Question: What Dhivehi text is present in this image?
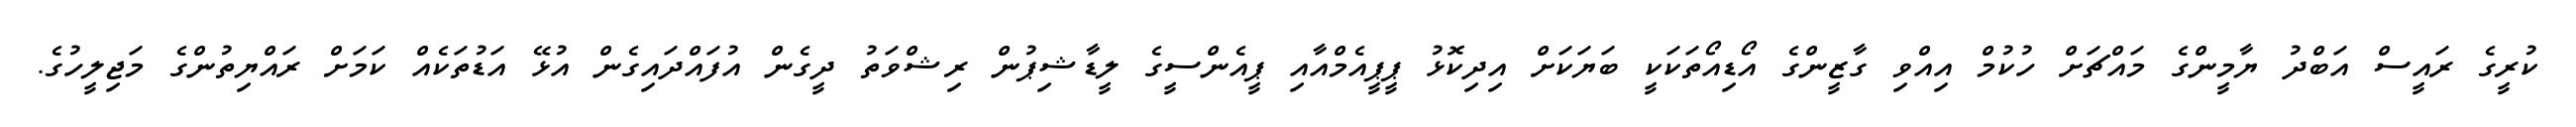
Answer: ކުރީގެ ރައީސް އަބްދު ޔާމީންގެ މައްޗަށް ހުކުމް އިއްވި ގާޒީންގެ އޯޑިއޯތަކަކީ ބަޔަކަށް އިދިކޮޅު ޕީޕީއެމްއާއި ޕީއެންސީގެ ލީޑާޝިޕުން ރިޝްވަތު ދީގެން އުފައްދައިގެން އުޅޭ އަޑުތަކެއް ކަމަށް ރައްޔިތުންގެ މަޖިލީހުގެ.